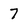
Character: 7